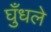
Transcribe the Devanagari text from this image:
घुँधले